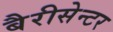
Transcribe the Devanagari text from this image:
बैरीसेन्टर